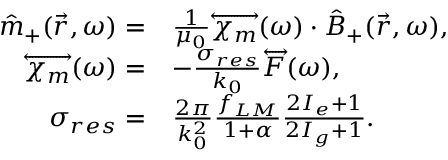
\begin{array} { r l } { \hat { m } _ { + } ( \vec { r } , \omega ) = } & { \frac { 1 } { \mu _ { 0 } } \overleftrightarrow { \chi _ { m } } ( \omega ) \cdot \hat { B } _ { + } ( \vec { r } , \omega ) , } \\ { \overleftrightarrow { \chi _ { m } } ( \omega ) = } & { - \frac { \sigma _ { r e s } } { k _ { 0 } } \overleftrightarrow { F } ( \omega ) , } \\ { \sigma _ { r e s } = } & { \frac { 2 \pi } { k _ { 0 } ^ { 2 } } \frac { f _ { L M } } { 1 + \alpha } \frac { 2 I _ { e } + 1 } { 2 I _ { g } + 1 } . } \end{array}